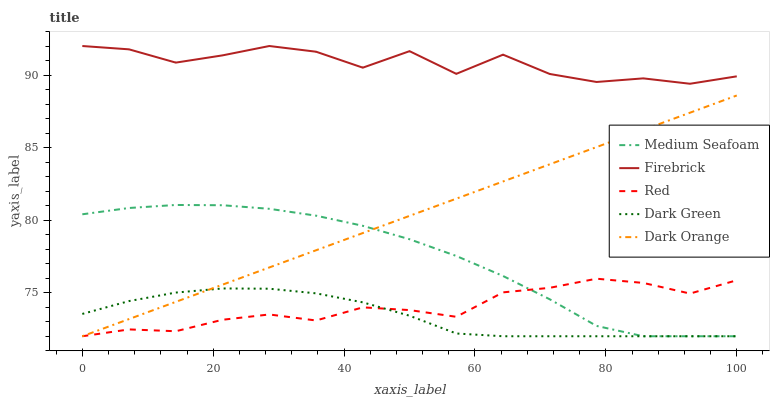
| xaxis_label | Medium Seafoam | Firebrick | Red | Dark Green | Dark Orange |
 | --- | --- | --- | --- | --- | --- |
 | 0 | 80.4 | 92 | 72 | 73.5 | 72 |
 | 7.14 | 80.8 | 91.8 | 72.5 | 74.4 | 73.2 |
 | 14.3 | 81 | 90.9 | 72.3 | 75 | 74.4 |
 | 21.4 | 81 | 91.4 | 73.1 | 75.3 | 75.6 |
 | 28.6 | 80.8 | 92 | 73.5 | 75.3 | 76.7 |
 | 35.7 | 80.3 | 91.6 | 73.1 | 75 | 77.9 |
 | 42.9 | 79.6 | 90.5 | 74 | 74.3 | 79.1 |
 | 50 | 78.7 | 91.6 | 73.8 | 73.4 | 80.3 |
 | 57.1 | 77.5 | 90.1 | 73.3 | 72.2 | 81.5 |
 | 64.3 | 76.2 | 91.4 | 75 | 72 | 82.7 |
 | 71.4 | 74.5 | 90.1 | 75.3 | 72 | 83.9 |
 | 78.6 | 72.7 | 89.5 | 76 | 72 | 85 |
 | 85.7 | 72 | 89.8 | 75.7 | 72 | 86.2 |
 | 92.9 | 72 | 89.4 | 74.9 | 72 | 87.4 |
 | 100 | 72 | 89.9 | 75.9 | 72 | 88.6 |